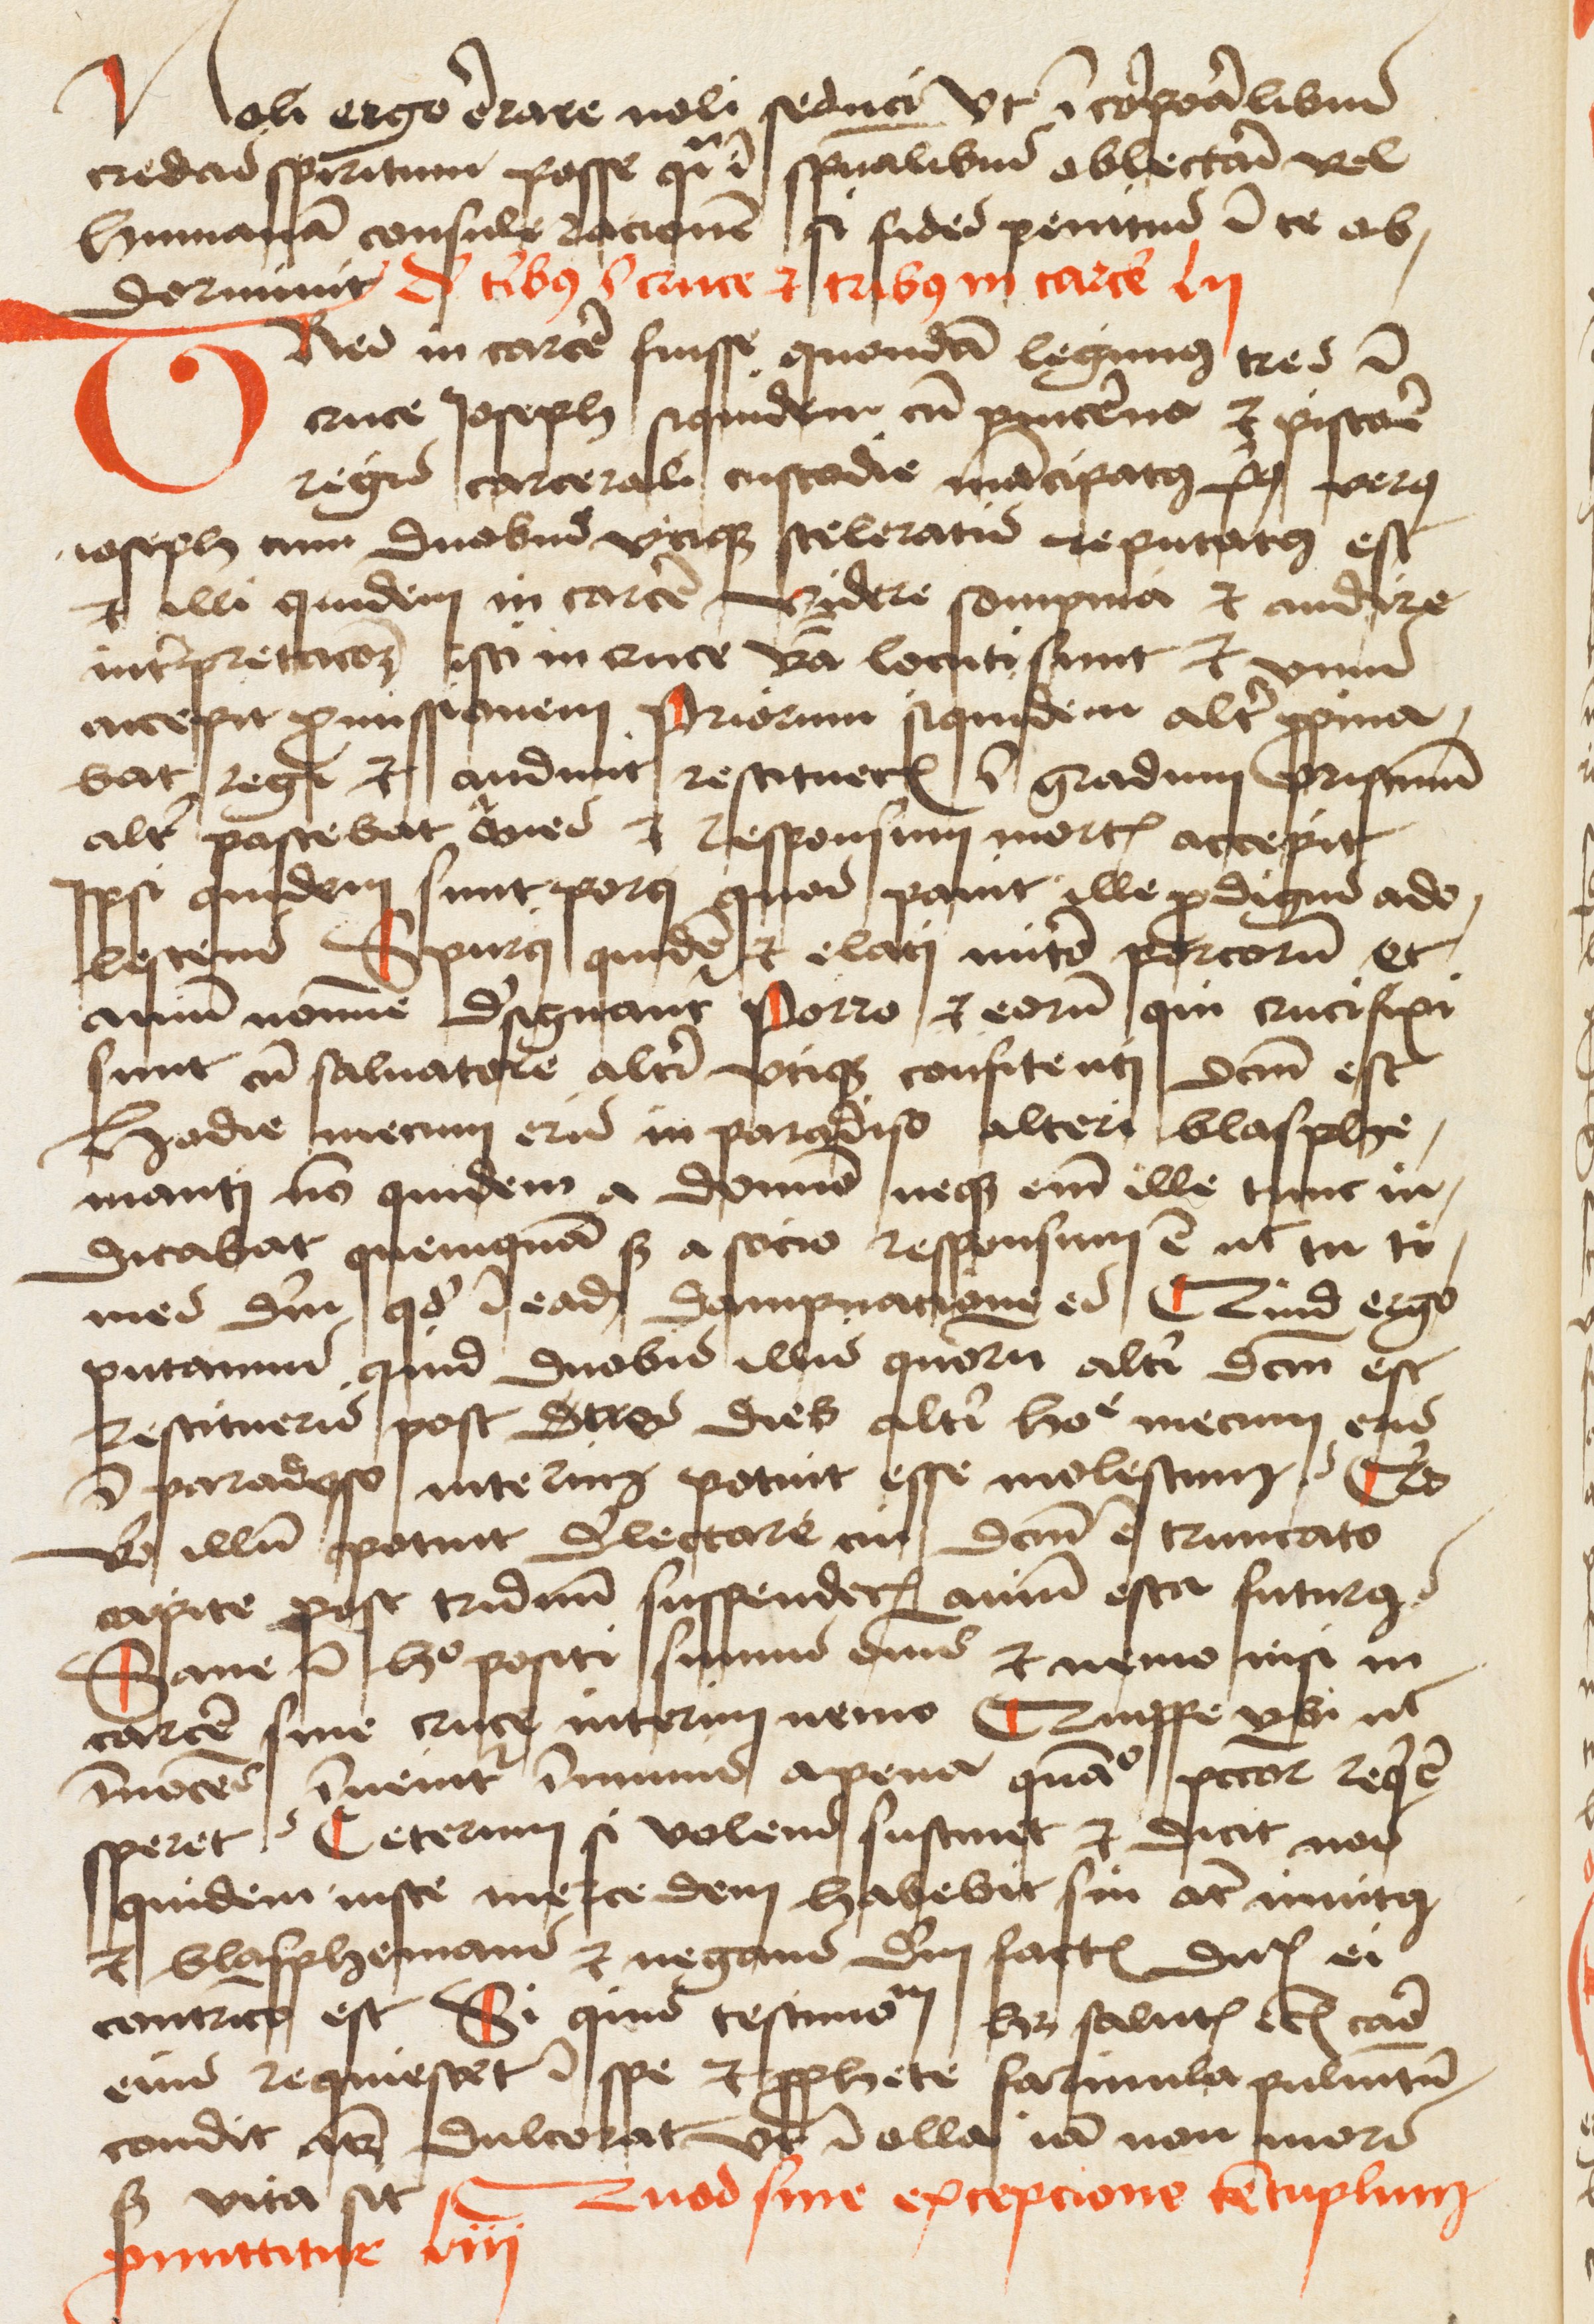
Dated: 1475–1499